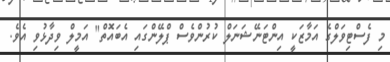
މި ފެސްޓިވަލްގެ އަމާޒަކީ އިންޓަނޭޝަނަލް ކުރުންވެސް ޕްލޭންގައި އެބައޮތް" އަމީލް ވިދާޅުވި އެވެ.